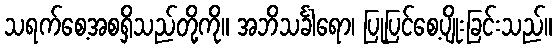
သရက်စေ့အစရှိသည်တို့ကို။ အဘိသင်္ခါရော၊ ပြုပြင်စေ့ပျိုးခြင်းသည်။